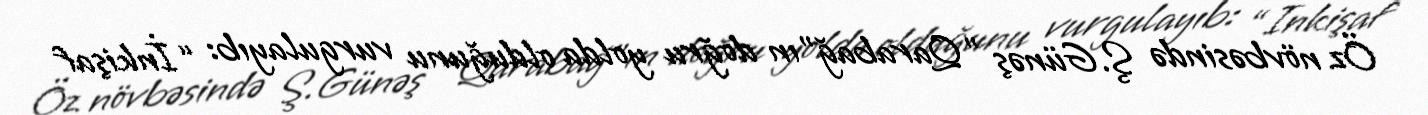
Öz növbəsində Ş.Günəş "Qarabağ"ın doğru yolda olduğunu vurgulayıb: “İnkişaf